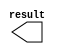
module lpm_constant_y3 (
	result);

	output	[9:0]  result;

endmodule